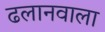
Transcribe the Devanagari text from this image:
ढलानवाला